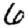
Digit: 6